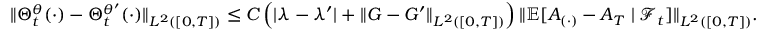
\begin{array} { r l } & { \| \Theta _ { t } ^ { \theta } ( \cdot ) - \Theta _ { t } ^ { \theta ^ { \prime } } ( \cdot ) \| _ { L ^ { 2 } ( [ 0 , T ] ) } \leq C \left( | \lambda - \lambda ^ { \prime } | + \| G - G ^ { \prime } \| _ { L ^ { 2 } ( [ 0 , T ] ) } \right) \| { \mathbb { E } } [ A _ { ( \cdot ) } - A _ { T } \mid \mathcal { F } _ { t } ] \| _ { L ^ { 2 } ( [ 0 , T ] ) } . } \end{array}